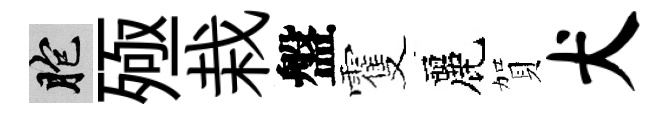
胞殛栽盤䨥麗賀犬